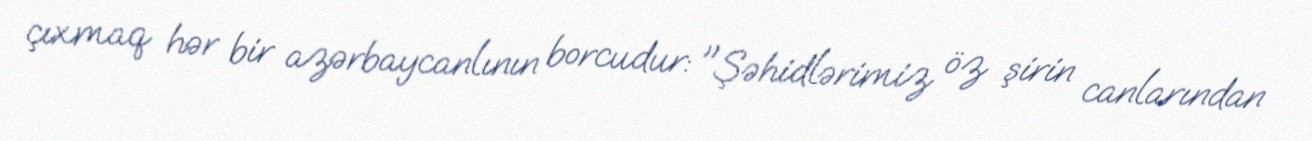
çıxmaq hər bir azərbaycanlının borcudur: "Şəhidlərimiz öz şirin canlarından